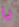
يا